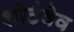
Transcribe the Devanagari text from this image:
शोर्टवेव